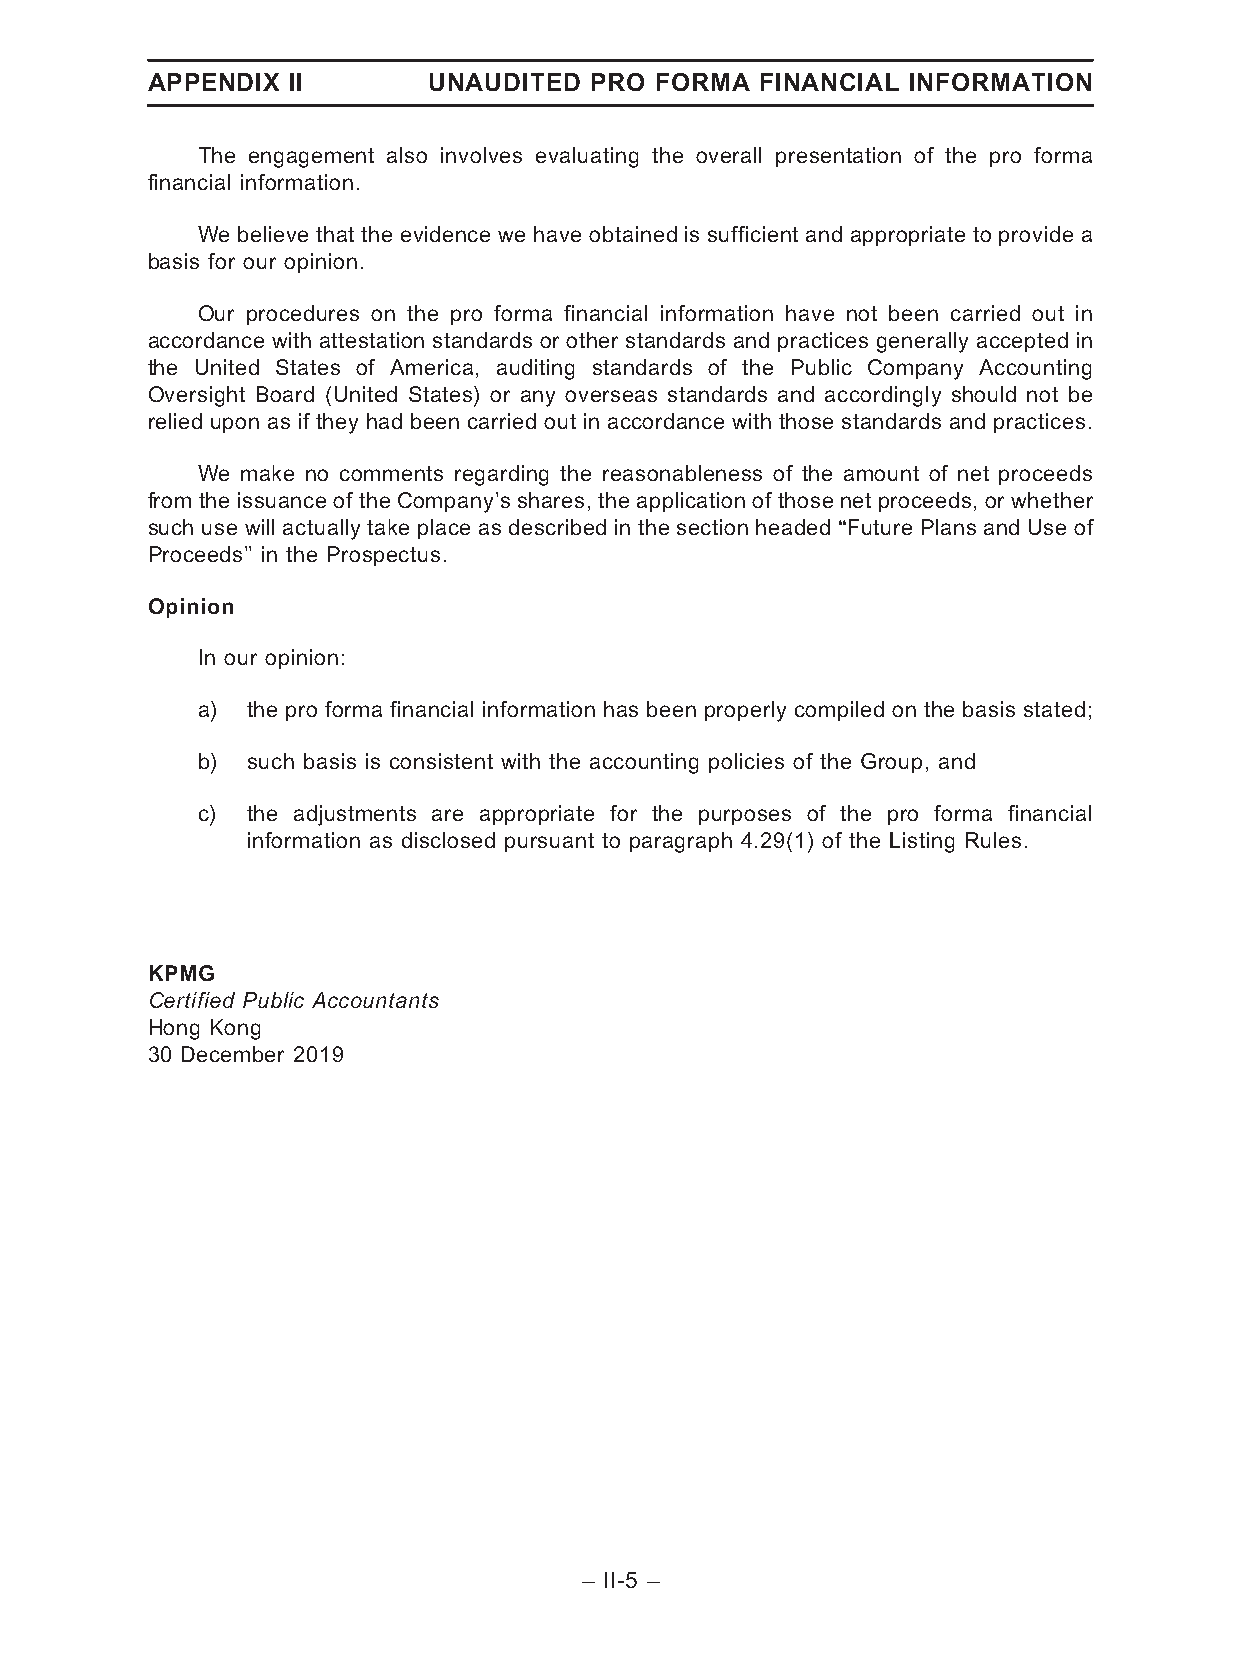
APPENDIX II       UNAUDITED  PRO FORMA  FINANCIAL INFORMATION
 The engagement also involves evaluating the overall presentation of the pro forma
 financial information.
 We believe that the evidence we have obtained is sufficient and appropriate to provide a
 basis for our opinion.
 Our procedures on the pro forma financial information have not been carried out in
 accordance with attestation standards or other standards and practices generally accepted in
 the United States of America, auditing standards of the Public Company Accounting
 Oversight Board (United States) or any overseas standards and accordingly should not be
 relied upon as if they had been carried out in accordance with those standards and practices.
 We make no comments regarding the reasonableness of the amount of net proceeds
 from the issuance of the Company’s shares, the application of those net proceeds, or whether
 such use will actually take place as described in the section headed ‘‘Future Plans and Use of
 Proceeds’’ in the Prospectus.
 Opinion
 In our opinion:
 a) the pro forma financial information has been properly compiled on the basis stated;
 b) such basis is consistent with the accounting policies of the Group, and
 c) the adjustments are appropriate for the purposes of the pro forma financial
 information as disclosed pursuant to paragraph 4.29(1) of the Listing Rules.
 KPMG
 Certified Public Accountants
 Hong Kong
 30 December 2019
 – II-5 –